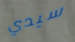
سيدي